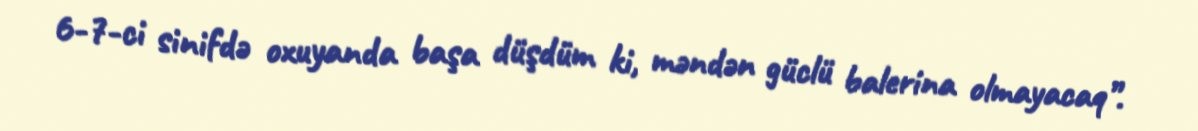
6-7-ci sinifdə oxuyanda başa düşdüm ki, məndən güclü balerina olmayacaq”.